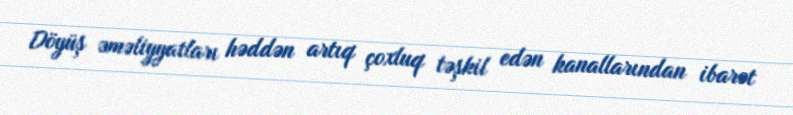
Döyüş əməliyyatları həddən artıq çoxluq təşkil edən kanallarından ibarət